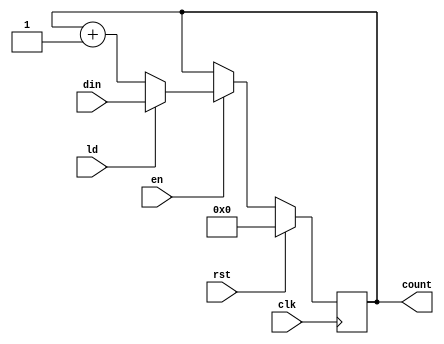
`timescale 1ns/1ps

module COUNTER (
    input clk, // 1 bit input clock signal
    input rst, // 1 bit input reset signal
    input en, // 1 bit input enable signal
    input ld, // 1 bit input load signal
    input [7:0] din, // 8 bit input
    output reg [7:0] count // 8 bit output
);

    wire [7:0] nxt_count;
    
    assign nxt_count = ld ? din : count + 1; //This implements a 2 to 1 mux

    always @(posedge clk) begin
        if (rst)
            count <= 0;
        else if (en)
            count <= nxt_count;
    end
    
endmodule